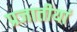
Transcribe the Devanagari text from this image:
प्रजातीयां